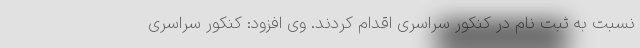
نسبت به ثبت نام در کنکور سراسری اقدام کردند. وی افزود: کنکور سراسری